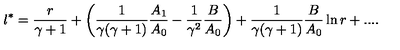
l ^ { * } = { \frac { r } { \gamma + 1 } } + \left( { \frac { 1 } { \gamma ( \gamma + 1 ) } } { \frac { A _ { 1 } } { A _ { 0 } } } - { \frac { 1 } { \gamma ^ { 2 } } } { \frac { B } { A _ { 0 } } } \right) + { \frac { 1 } { \gamma ( \gamma + 1 ) } } { \frac { B } { A _ { 0 } } } \ln r + . . . .